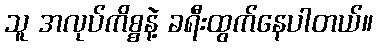
သူ အလုပ်ကိစ္စနဲ့ ခရီးထွက်နေပါတယ်။